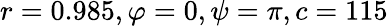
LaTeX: r=0.985,\varphi=0,\psi=\pi,c=115